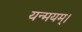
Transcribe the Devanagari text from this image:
यन्मयम्।